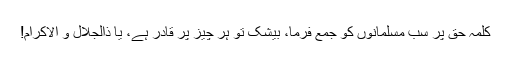
کلمہ حق پر سب مسلمانوں کو جمع فرما، بیشک تو ہر چیز پر قادر ہے، یا ذالجلال و الاکرام!